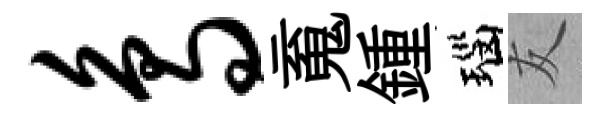
鸟䰟鍾瑙友